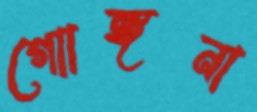
গোাঙ্গনা